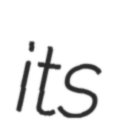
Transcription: its